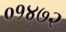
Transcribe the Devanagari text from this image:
०१४७२